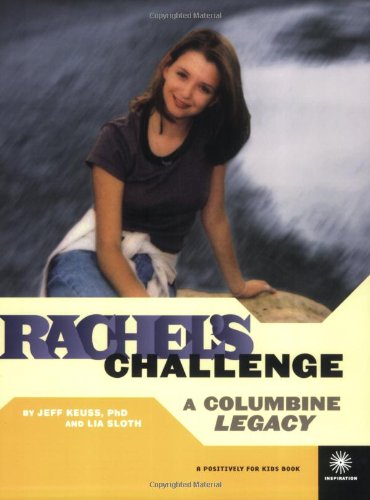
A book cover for Rachel's Challenge: A Columbine Legacy; Jeff Keuss; Teen & Young Adult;